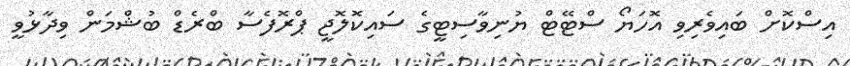
އިސްކޮށް ބައިވެރިވި އޮހަޔޯ ސްޓޭޓް ޔުނިވާސިޓީގެ ސައިކޮލޮޖީ ޕްރޮފެސާ ބްރެޑް ބުޝްމަން ވިދާޅުވީ